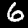
Label: 6